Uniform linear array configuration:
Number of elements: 32
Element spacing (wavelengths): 0.75
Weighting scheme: blackman
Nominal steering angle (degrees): -15
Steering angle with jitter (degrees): -15.045
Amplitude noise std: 0.05
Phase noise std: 0.05

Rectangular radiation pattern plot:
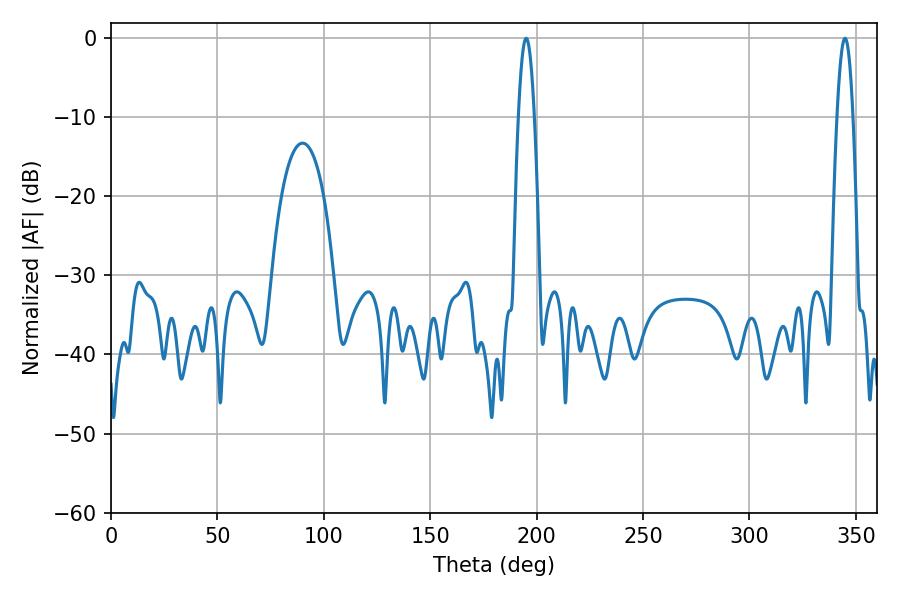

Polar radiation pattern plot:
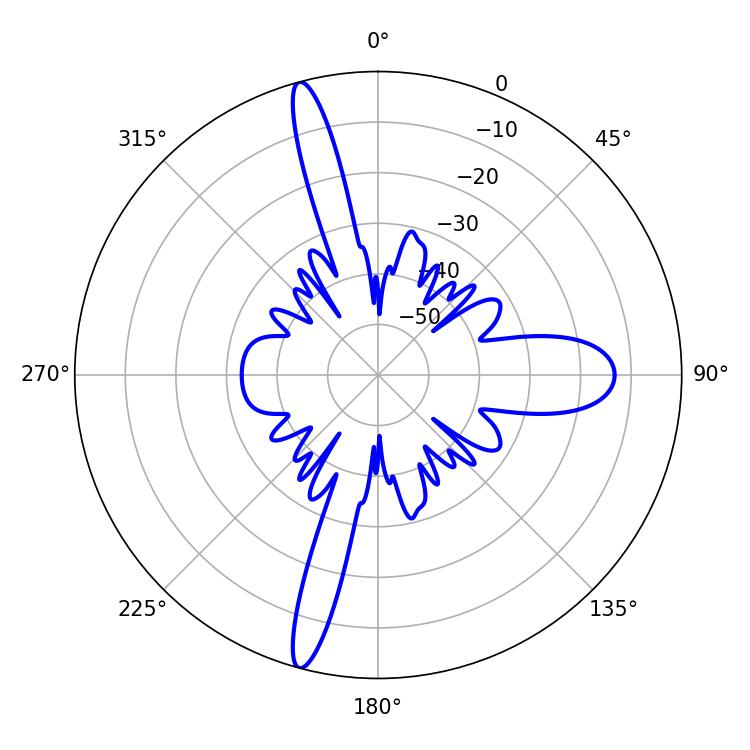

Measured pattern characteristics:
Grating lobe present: TRUE
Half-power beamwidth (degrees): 3.96
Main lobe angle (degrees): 344.88